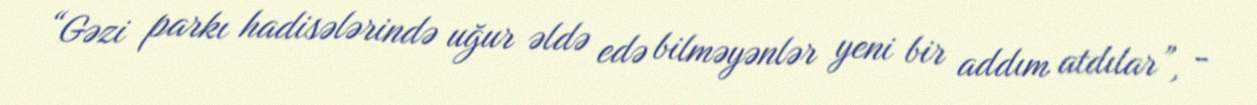
“Gəzi parkı hadisələrində uğur əldə edə bilməyənlər yeni bir addım atdılar”, -